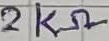
Text: 2KΩ